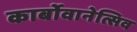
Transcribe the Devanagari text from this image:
कार्बोवानेत्सिव